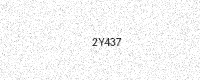
Text: 2Y437